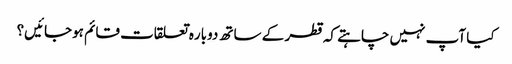
کیا آپ نہیں چاہتے کہ قطر کے ساتھ دوباره تعلقات قائم ہوجائیں؟